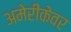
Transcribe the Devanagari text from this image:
अमेरीकेवर